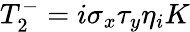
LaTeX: T_{2}^{-}=i\sigma_{x}\tau_{y}\eta_{i}K